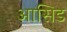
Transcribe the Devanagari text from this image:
आसिड